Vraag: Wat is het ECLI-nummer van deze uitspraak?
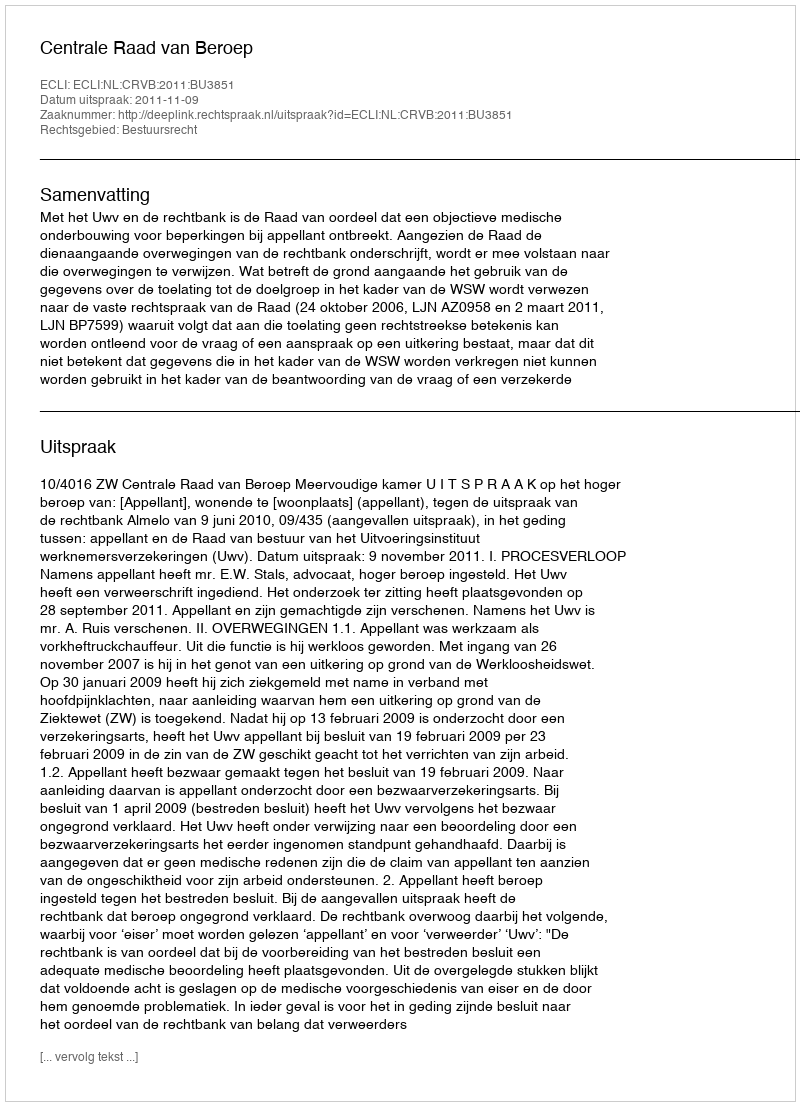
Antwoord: ECLI:NL:CRVB:2011:BU3851